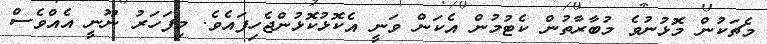
މެޗަކުން މޮޅުނުވެ މުބާރާތުން ކެޓުމުން އެކަން ވަނީ އެކޮޅުކޮޅުންޖެހިފައެވެ. މިފަހަރު ނޫނީ އެއްވެސް